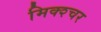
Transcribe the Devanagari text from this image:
मिक्‍श्‍चर